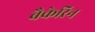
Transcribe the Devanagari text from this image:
बैकेरिन